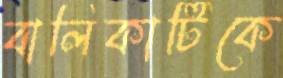
বালিকাটিকে